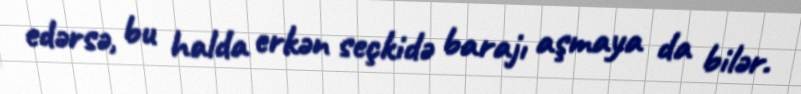
edərsə, bu halda erkən seçkidə barajı aşmaya da bilər.